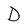
Character: D